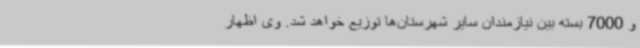
و 7000 بسته بین نیازمندان سایر شهرستان‌ها توزیع خواهد شد. وی اظهار